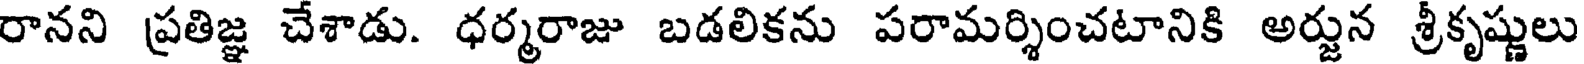
రానని ప్రతిజ్ఞ చేశాడు. ధర్మరాజు బడలికను పరామర్శించటానికి అర్జున శ్రీకృష్ణులు